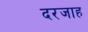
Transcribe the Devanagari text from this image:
दरजाह